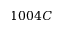
1 0 0 4 C